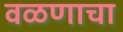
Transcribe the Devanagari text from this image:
वळणाचा